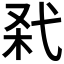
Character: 𢎊